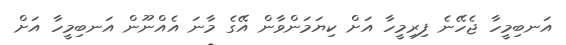
އަނބިމީހާ ޖެހޭނެ ފިރިމީހާ އަށް ކިޔަމަންވާން އޭގެ މާނަ އެއްނޫން އަނބިމީހާ އަށް